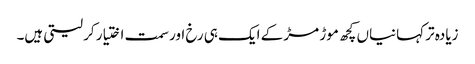
زیادہ تر کہانیاں کچھ موڑ مڑ کے ایک ہی رخ اور سمت اختیار کر لیتی ہیں۔